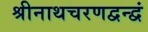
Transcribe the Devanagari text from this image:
श्रीनाथचरणद्वन्द्वं